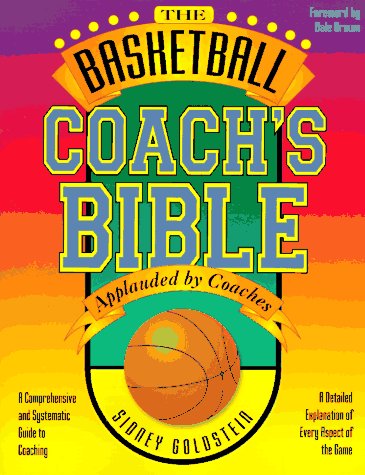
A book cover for The Basketball Coach's Bible: A Comprehensive and Systematic Guide to Coaching (Nitty Gritty Basketball Series); Sidney Goldstein; Sports & Outdoors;